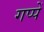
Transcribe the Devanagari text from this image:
गप्पें